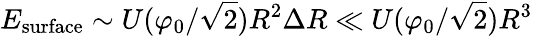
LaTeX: E_{\mathrm{surface}}\sim U(\varphi_{0}/{\sqrt{2}})R^{2}\Delta R\ll U(\varphi_{0}/{\sqrt{2}})R^{3}